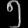
Digit: ၅